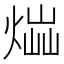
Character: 𤋫